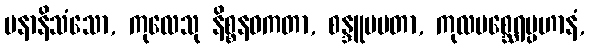
ပနာနိသံသော, ကုလေသု နိစ္စနဝကတာ, စန္ဒူပမတာ, ကုလမစ္ဆေရပ္ပဟာနံ,